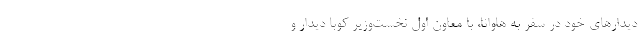
دیدارهای خود در سفر به هاوانا، با معاون اول نخست‌وزیر کوبا دیدار و